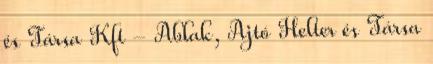
és Társa Kft - Ablak, Ajtó Helter és Társa